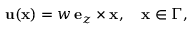
\mathbf u ( \mathbf x ) = w \, \mathbf e _ { z } \times \mathbf x , \quad \mathbf x \in \Gamma ,